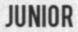
JUNIOR